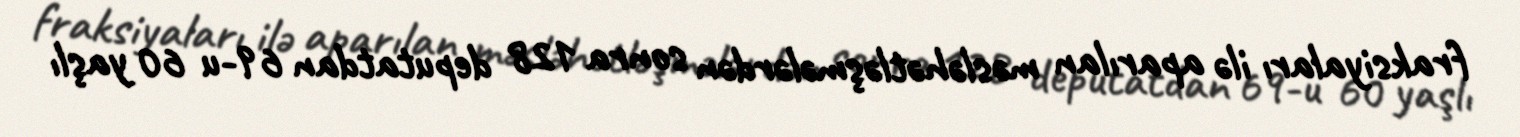
fraksiyaları ilə aparılan məsləhətləşmələrdən sonra 128 deputatdan 69-u 60 yaşlı